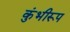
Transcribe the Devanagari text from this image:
कुंभीरूप